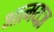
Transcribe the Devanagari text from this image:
आत्मयज्ञ